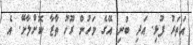
އަތަރު ފުޅި. އަދި ބުނި. އޭގެ ވަހުން ރޫހު ތާޒާ ކޮށްލާށޭ. އެ